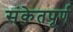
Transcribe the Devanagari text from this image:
संकेतपूर्ण